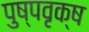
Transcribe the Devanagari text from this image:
पुष्पवृक्ष